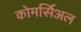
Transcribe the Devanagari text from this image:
कोमर्सिअल